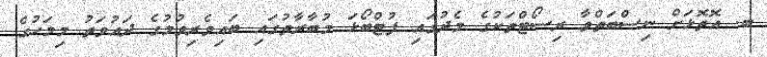
ބ. އޮތޮޅަށް ނިސްބަތްވާ ރިސޯޓްތަކުގެ މެދުގައި ފުޓްބޯޅަ މުބާރާތުގައި ބައިވެރިވުމުގެ ދައުވަތު މިމަހުގެ